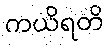
ကယိရတိ